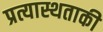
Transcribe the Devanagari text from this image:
प्रत्यास्थताकी